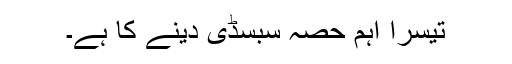
تیسرا اہم حصہ سبسڈی دینے کا ہے۔